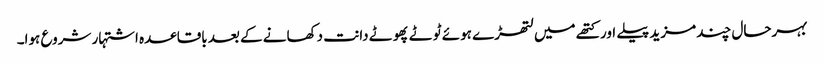
بہرحال چند مزید پیلے اور کتھے میں لتھڑے ہوئے ٹوٹے پھوٹے دانت دکھانے کے بعد باقاعدہ اشتہار شروع ہوا۔